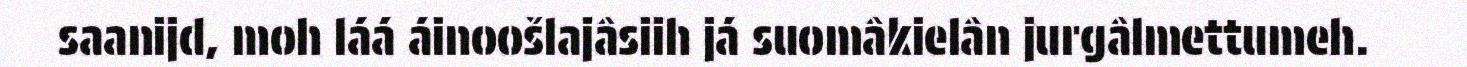
saanijd, moh láá áinoošlajâsiih já suomâkielân jurgâlmettumeh.